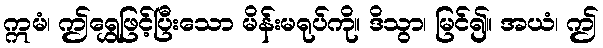
ဣမံ၊ ဤရွှေဖြင့်ပြီးသော မိန်းမရုပ်ကို။ ဒိသွာ၊ မြင်၍။ အယံ၊ ဤ